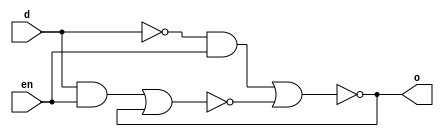
//Structural Verilog DFF
module dlatch(output o, input d, input en);
  wire d_n, s,r,o_n;
  and x1(s,d,en);
  and x2(r,d_n,en);
  not x3(d_n,d);
  nor x4(o_n,s,o);
  nor x5(o,r,o_n);
endmodule

module dff1(output q, input d, input clk);
  wire clk_n;
  not x1(clk_n,clk);
  dlatch x2(q_m,d,clk_n);
  dlatch x3(q,d,clk);
endmodule

//Behavioral Verilog DFF
module dff2(output q, input d, input clk);
  reg q_reg;
  assign q = q_reg;
  always@(posedge clk)
  begin
    q_reg=d;
  end
endmodule

module bench;
  reg D,clk;
  wire out1,out2;

  dff1 x1(out1,D,clk);
  dff2 x2(out2,D,clk);

  initial begin
    $dumpvars(0,bench);
    #5;
    D=0;
    clk=0;
    #5;
    clk=1;
    #5;
    clk=0;
    #5;
    D=1;
    #5;
    clk=1;
    #5;
    $finish;
  end
endmodule